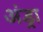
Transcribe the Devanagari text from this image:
अंड्रा